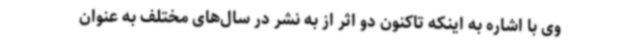
وی با اشاره به اینکه تاکنون دو اثر از به نشر در سال‌های مختلف به عنوان